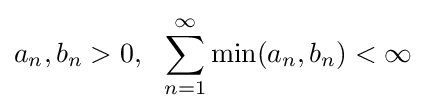
a_{n},b_{n}>0,\ \ \sum _{n=1}^{\infty }\min(a_{n},b_{n})<\infty